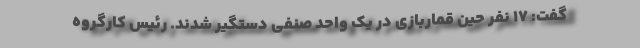
گفت: ۱۷ نفر حین قماربازی در یک واحد صنفی دستگیر شدند. رئیس کارگروه